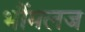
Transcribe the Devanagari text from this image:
भौंमलज